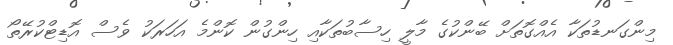
މިންގަނޑުތަކާ އެއްގޮތަށް ބޭންކުގެ މާލީ ހިސާބުތަކާއި ހިންގުން ކޮންމެ އަހަރަކު ވެސް އޮޑިޓްކުރޭތޯ